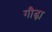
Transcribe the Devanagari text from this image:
गौढ़ा